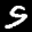
Label: 5